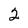
Character: 2